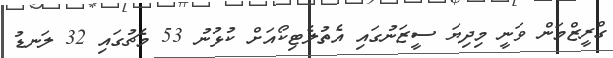
ގްރީޒްމަން ވަނީ މިދިޔަ ސީޒަނުގައި އެތުލެޓިކޯއަށް ކުޅުނު 53 މެޗުގައި 32 ލަނޑު